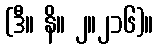
(ဒီ။ နိ။ ၂။၂၁၆)။